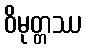
ဝိမုတ္တဿ